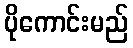
ပိုကောင်းမည်